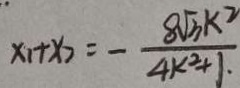
x _ { 1 } + x _ { 2 } = - \frac { 8 \sqrt { 3 } k ^ { 2 } } { 4 k ^ { 2 } + 1 . }